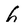
Character: h